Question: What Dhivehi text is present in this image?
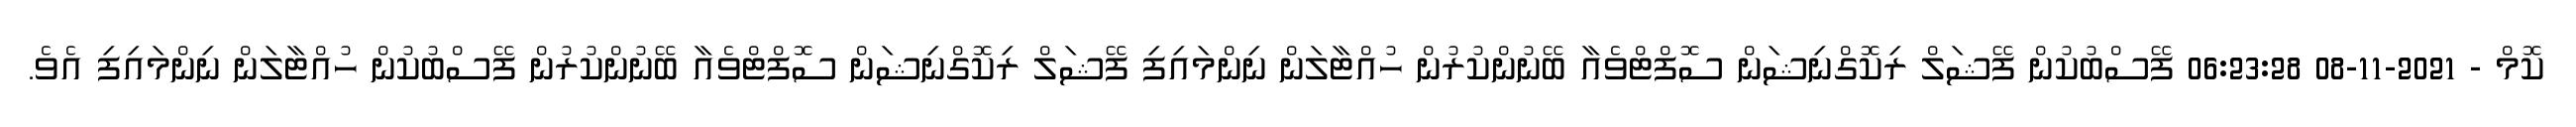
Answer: ކޮމް - 2021-11-08 06:23:28 ފޭސްބުކުން ފޭޝަލް ރިކޮގްނިޝަން ސޮފްޓްވެއާ ބޭނުންކުރުން ހުއްޓާލަން ނިންމައިފި ފޭޝަލް ރިކޮގްނިޝަން ސޮފްޓްވެއާ ބޭނުންކުރުން ފޭސްބުކުން ހުއްޓާލަން ނިންމައިފި އެވެ.